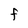
Character: f